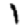
Digit: 1